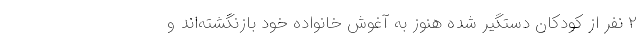
۲ نفر از کودکان دستگیر شده هنوز به آغوش خانواده خود بازنگشته‌اند و